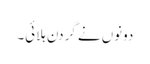
دونوں نے گردن ہلائی۔